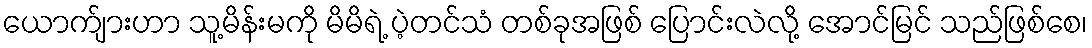
ယောက်ျားဟာ သူ့မိန်းမကို မိမိရဲ့ ပဲ့တင်သံ တစ်ခုအဖြစ် ပြောင်းလဲလို့ အောင်မြင် သည်ဖြစ်စေ၊